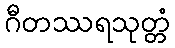
ဂီတဿရသုတ္တံ